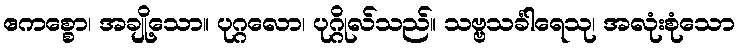
ဧကစ္စော၊ အချို့သော။ ပုဂ္ဂလော၊ ပုဂ္ဂိုလ်သည်။ သဗ္ဗသင်္ခါရေသု၊ အလုံးစုံသော